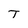
Character: T